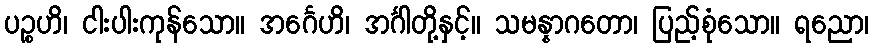
ပဉ္စဟိ၊ ငါးပါးကုန်သော။ အင်္ဂေဟိ၊ အင်္ဂါတို့နှင့်။ သမန္နာဂတော၊ ပြည့်စုံသော။ ရညော၊